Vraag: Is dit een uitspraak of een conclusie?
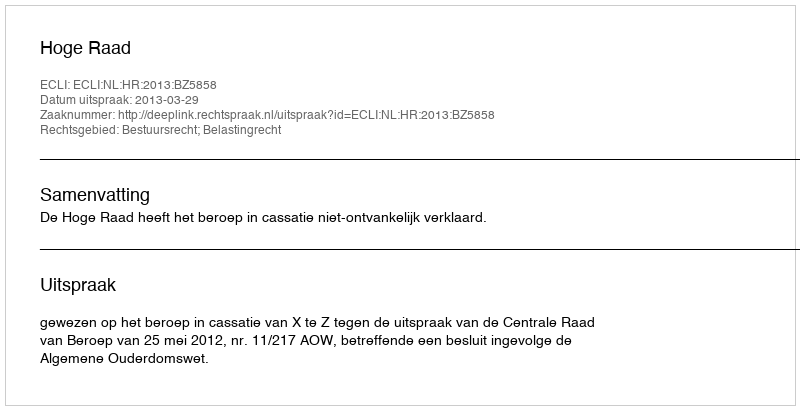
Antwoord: Uitspraak